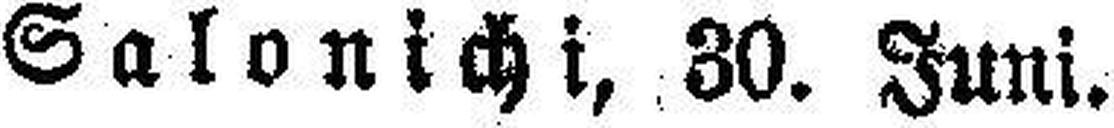
Salonichi, 80. Juni.